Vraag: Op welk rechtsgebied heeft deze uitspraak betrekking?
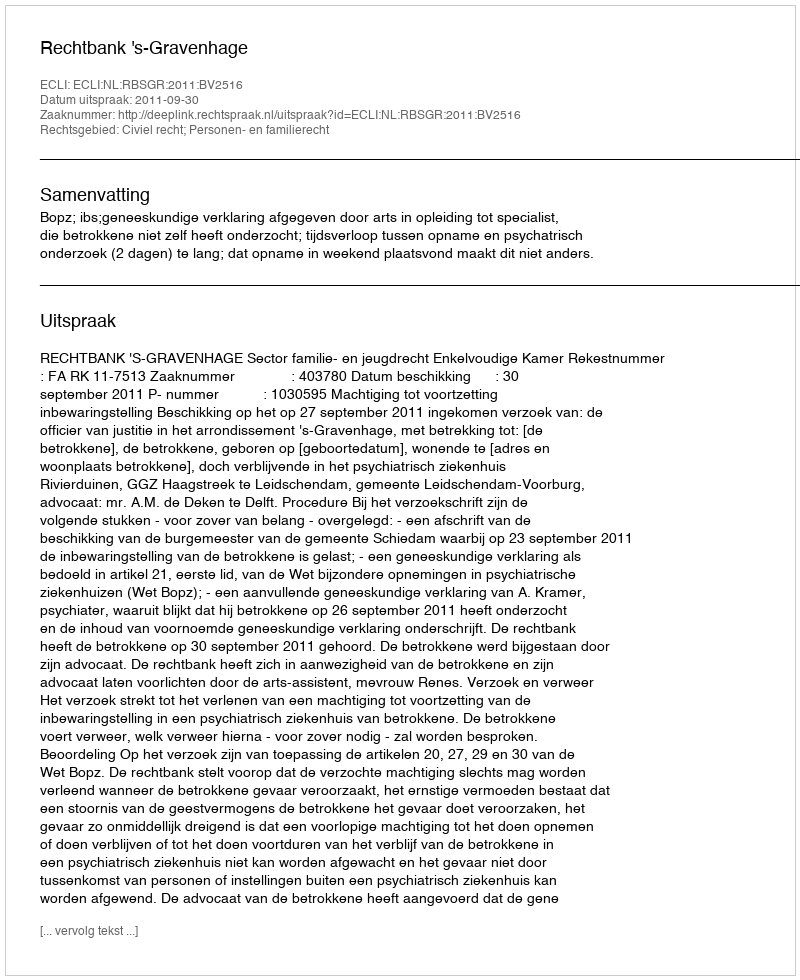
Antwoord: Civiel recht; Personen- en familierecht